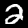
Digit: 2